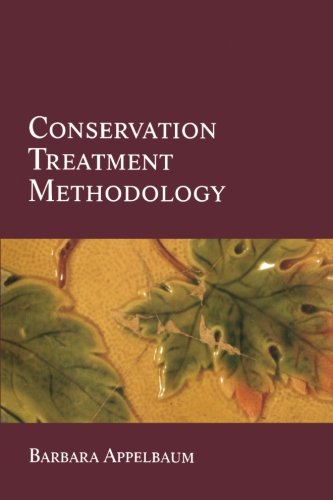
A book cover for Conservation Treatment Methodology; Barbara Appelbaum; Politics & Social Sciences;